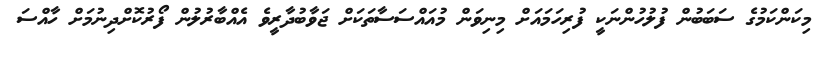
މިކަންކަމުގެ ސަބަބުން ފުލުހުންނަކީ ފުރިހަމައަށް މިނިވަން މުއައްސަސާތަކަށް ޖަވާބުދާރީވެ އެއްބާރުލުން ފޯރުކޮށްދިނުމަށް ހާއްސަ